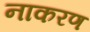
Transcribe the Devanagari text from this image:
नाकरण